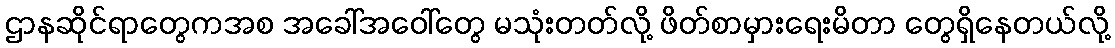
ဌာနဆိုင်ရာတွေကအစ အခေါ်အဝေါ်တွေ မသုံးတတ်လို့ ဖိတ်စာမှားရေးမိတာ တွေရှိနေတယ်လို့